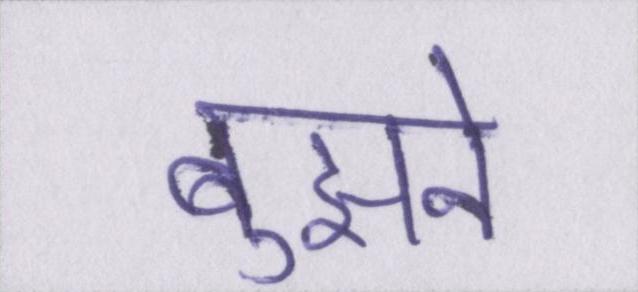
बुझने